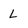
Character: L